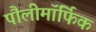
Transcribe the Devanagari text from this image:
पौलीमॉर्फिक